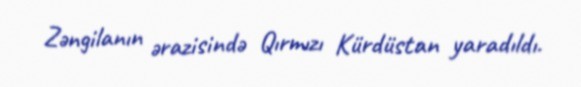
Zəngilanın ərazisində Qırmızı Kürdüstan yaradıldı.